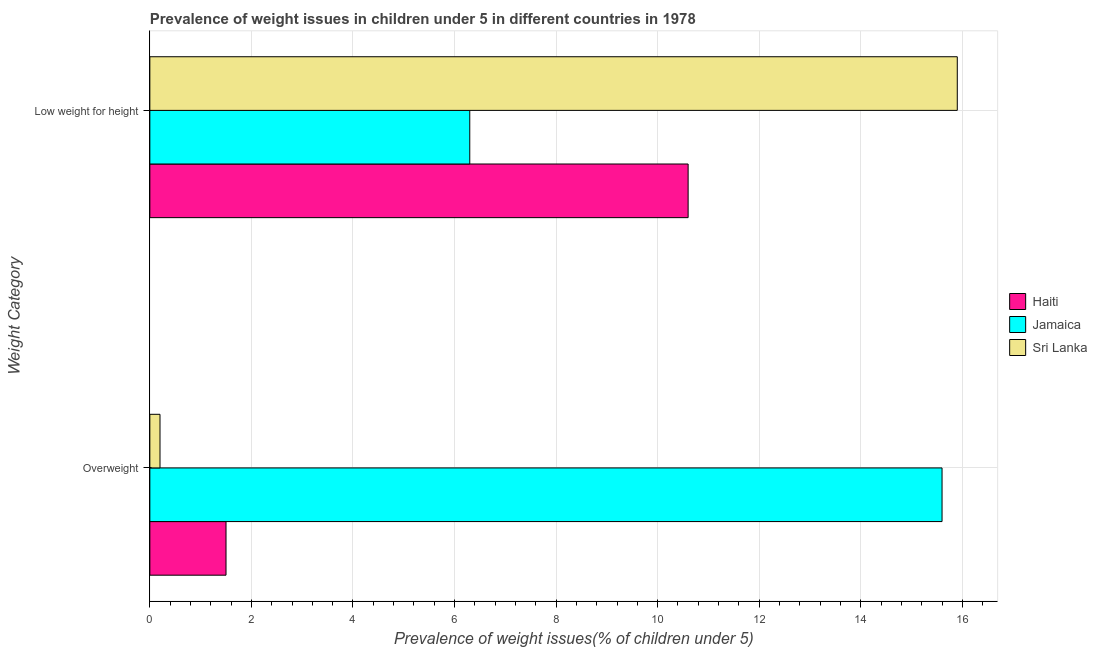
| Weight Category | Haiti | Jamaica | Sri Lanka |
 | --- | --- | --- | --- |
 | Overweight | 1.5 | 15.6 | 0.2 |
 | Low weight for height | 10.6 | 6.3 | 15.9 |